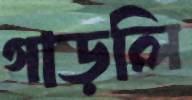
গাড়লি